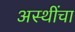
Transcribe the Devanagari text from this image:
अस्थींचा